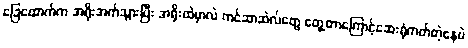
ခြေထောက်က အရိုးအက်သွားပြီး အရိုးထဲမှာလဲ ကင်ဆာဆဲလ်တွေ တွေ့တာကြောင့်ဆေးရုံတတ်တဲ့နေပဲ